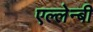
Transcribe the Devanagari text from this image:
एल्लेन्बी